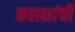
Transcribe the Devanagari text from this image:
कलशांची